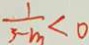
\frac { 1 } { 3 - m } < 0